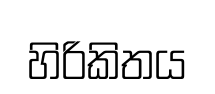
හිරිකිතය